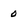
Character: 0